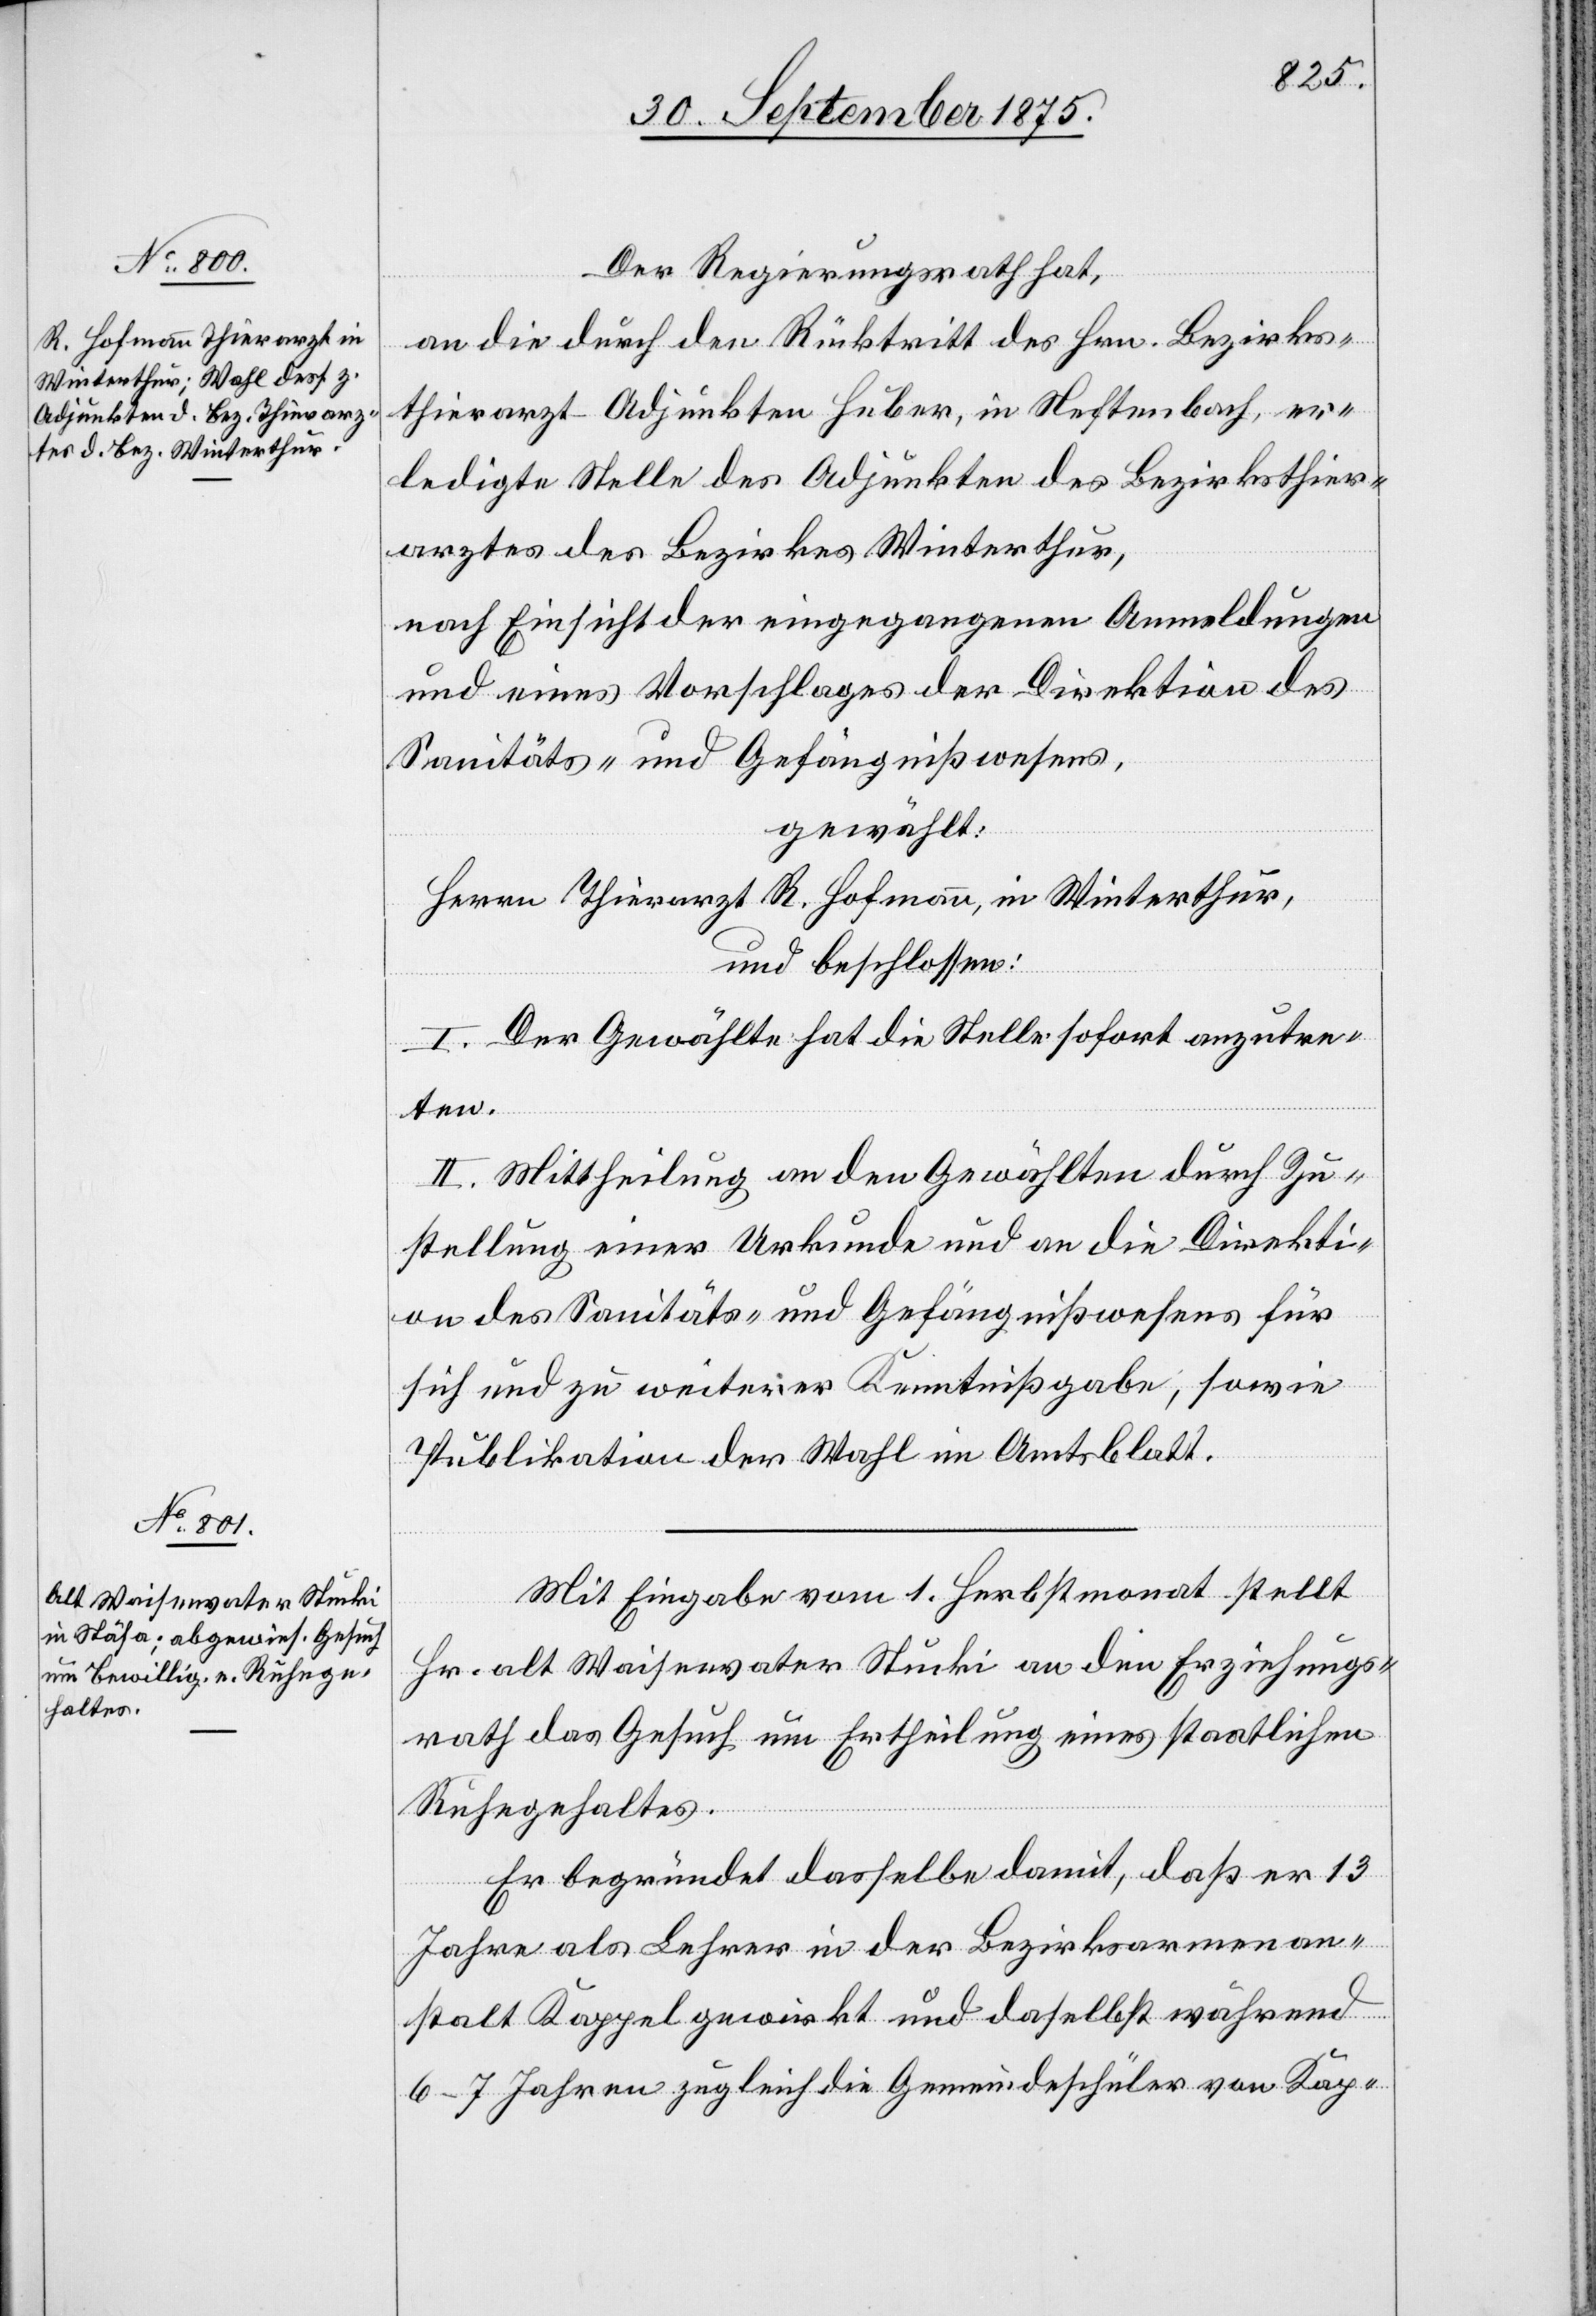
Der Regierungsrath hat,
an die durch den Rücktritt des Hrn. Bezirks¬
thierarzt-Adjunkten Huber, in Neftenbach, er¬
ledigte Stelle des Adjunkten des Bezirksthier¬
arztes des Bezirkes Winterthur,
nach Einsicht der eingegangenen Anmeldungen
und eines Vorschlages der Direktion des
Sanitäts- und Gefängnißwesens,
gewählt:
Herrn Thierarzt R. Hofmann, in Winterthur,
und beschlossen:
I. Der Gewählte hat die Stelle sofort anzutre¬
ten.
II. Mittheilung an den Gewählten durch Zu¬
stellung einer Urkunde und an die Direkti¬
on des Sanitäts- und Gefängnißwesens für
sich zu weiterer Kenntnißgabe, sowie
Publikation der Wahl im Amtsblatt.
Mit Eingabe vom 1. Herbstmonat stellt
Hr. alt Waisenvater Stucki an den Erziehungs¬
rath das Gesuch um Ertheilung eines staatlichen
Ruhegehaltes.
Er begründet dasselbe damit, daß er 13
Jahre als Lehrer in der Bezirksarmenan¬
stalt Kappel gewirkt und daselbst während
6–7 Jahren zugleich die Gemeindeschüler von Kap-